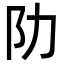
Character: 阞